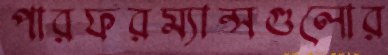
পারফরম্যান্সগুলোর